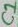
Text: C1